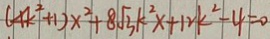
( 4 k ^ { 2 } + 1 ) x ^ { 2 } + 8 \sqrt { 3 } k ^ { 2 } x + 1 2 k ^ { 2 } - 4 = 0